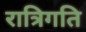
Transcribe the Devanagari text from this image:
रात्रिगति